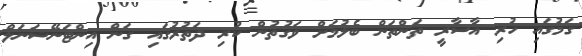
ގަމުގައި ހުރި އާސާރީ ތަންތަން ބެލުމަށް ވަގުތުން ކުރި ދަތުރުގައި ގަން އިންޓަނޭޝަނަލް